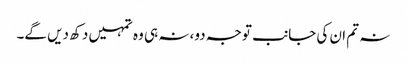
نہ تم ان کی جانب توجہ دو، نہ ہی وہ تمہیں دکھ دیں گے۔